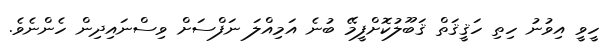
ހީވީ އިވުނު ހިތި ހަޤީޤަތް ޤަބޫލުކޮށްފީމޭ ބުނެ އަމިއްލަ ނަފްސަށް ވިސްނައިދިން ހެންނެވެެ.